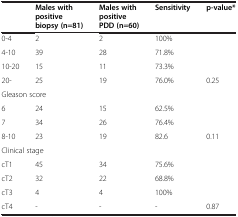
|  | Males with positive biopsy (n=81) | Males with positive PDD (n=60) | Sensitivity | p-value* |
 | --- | --- | --- | --- | --- |
 | 0-4 | 2 | 2 | 100% |  |
 | 4-10 | 39 | 28 | 71.8% |  |
 | 10-20 | 15 | 11 | 73.3% |  |
 | 20- | 25 | 19 | 76.0% | 0.25 |
 | <COLSPAN=5> Gleason score |
 | 6 | 24 | 15 | 62.5% |  |
 | 7 | 34 | 26 | 76.4% |  |
 | 8-10 | 23 | 19 | 82.6 | 0.11 |
 | <COLSPAN=5> Clinical stage |
 | cT1 | 45 | 34 | 75.6% |  |
 | cT2 | 32 | 22 | 68.8% |  |
 | cT3 | 4 | 4 | 100% |  |
 | cT4 | - | - | - | 0.87 |